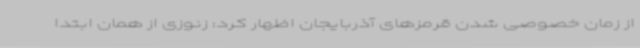
از زمان خصوصی شدن قرمزهای آذربایجان اظهار کرد: زنوزی از همان ابتدا